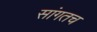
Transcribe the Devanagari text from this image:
सांगतच